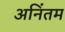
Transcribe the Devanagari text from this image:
अनिंतम